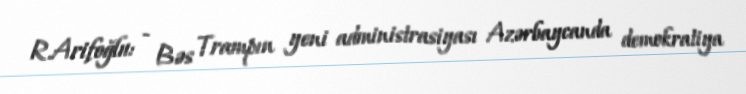
R.Arifoğlu: - Bəs Trampın yeni administrasiyası Azərbaycanda demokratiya